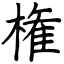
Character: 権